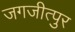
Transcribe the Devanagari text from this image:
जगजीत्पुर